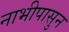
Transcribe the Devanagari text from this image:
नाभीपासुन